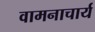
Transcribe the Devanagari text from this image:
वामनाचार्य